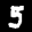
Label: 5